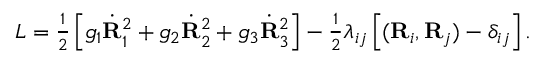
\begin{array} { r } { L = \frac 1 2 \left[ g _ { 1 } \dot { \bf R } _ { 1 } ^ { 2 } + g _ { 2 } \dot { \bf R } _ { 2 } ^ { 2 } + g _ { 3 } \dot { \bf R } _ { 3 } ^ { 2 } \right] - \frac 1 2 \lambda _ { i j } \left[ ( { \bf R } _ { i } , { \bf R } _ { j } ) - \delta _ { i j } \right] . } \end{array}